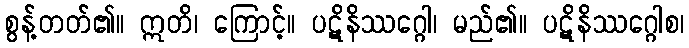
စွန့်တတ်၏။ ဣတိ၊ ကြောင့်။ ပဋိနိဿဂ္ဂေါ၊ မည်၏။ ပဋိနိဿဂ္ဂေါစ၊